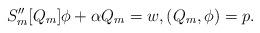
LaTeX: \begin{align*} S_m''[Q_m] \phi + \alpha Q_m = w, (Q_m, \phi) = p. \end{align*}